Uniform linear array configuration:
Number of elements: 48
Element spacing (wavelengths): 0.75
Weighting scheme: blackman
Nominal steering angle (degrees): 0
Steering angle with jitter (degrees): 0.8496
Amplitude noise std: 0.05
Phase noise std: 0.05

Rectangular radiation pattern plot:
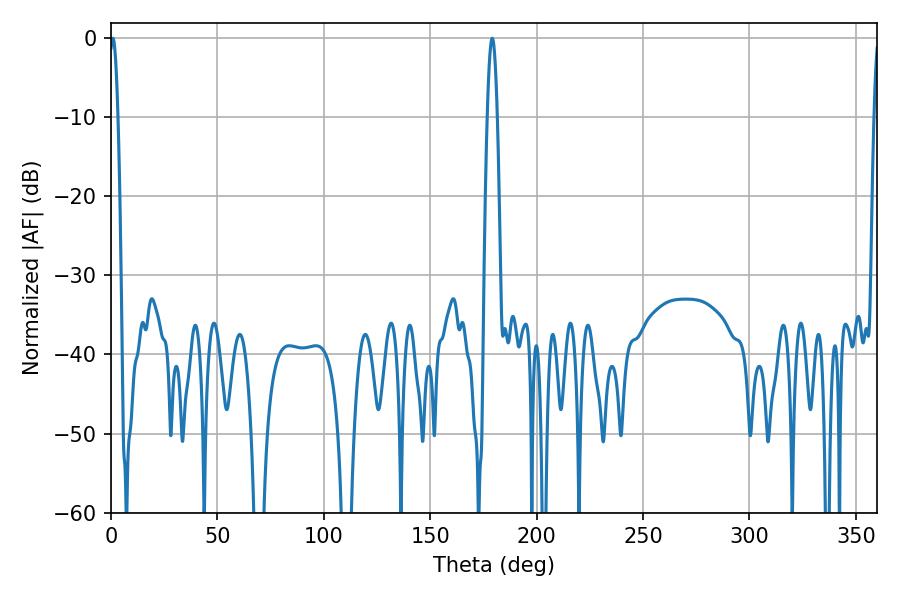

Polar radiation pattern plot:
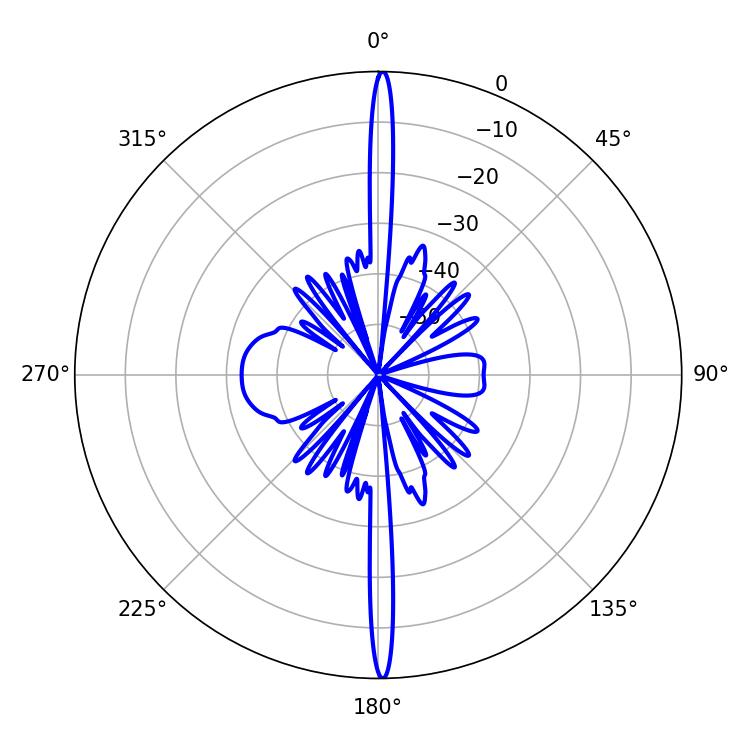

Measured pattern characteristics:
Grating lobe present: TRUE
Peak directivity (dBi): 31.919
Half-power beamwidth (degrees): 2.16
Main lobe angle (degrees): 0.9